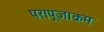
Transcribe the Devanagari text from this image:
परापूजाक्रम